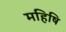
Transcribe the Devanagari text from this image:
महिषि